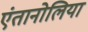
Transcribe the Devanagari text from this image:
एंतानोलिया